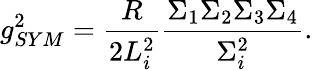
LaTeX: g_{SYM}^{2}=\frac{R}{2L_{i}^{2}}\frac{\Sigma_{1}\Sigma_{2}\Sigma_{3}\Sigma_{4}}{\Sigma_{i}^{2}}.